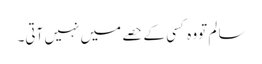
سا لم تووہ کسی کے حصے میں نہیں آتی۔